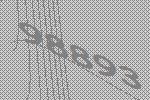
98893